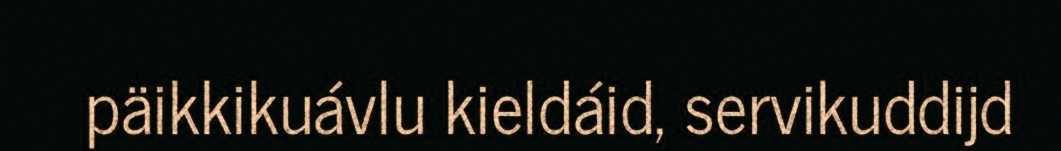
päikkikuávlu kieldáid, servikuddijd